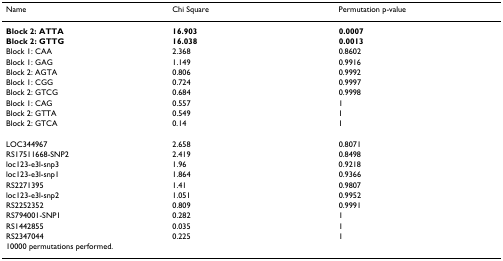
<table><thead><tr><td><b>Name</b></td><td><b>Chi Square</b></td><td><b>Permutation p-value</b></td></tr></thead><tbody><tr><td><b>Block 2: ATTA</b></td><td><b>16.903</b></td><td><b>0.0007</b></td></tr><tr><td><b>Block 2: GTTG</b></td><td><b>16.038</b></td><td><b>0.0013</b></td></tr><tr><td>Block 1: CAA</td><td>2.368</td><td>0.8602</td></tr><tr><td>Block 1: GAG</td><td>1.149</td><td>0.9916</td></tr><tr><td>Block 2: AGTA</td><td>0.806</td><td>0.9992</td></tr><tr><td>Block 1: CGG</td><td>0.724</td><td>0.9997</td></tr><tr><td>Block 2: GTCG</td><td>0.684</td><td>0.9998</td></tr><tr><td>Block 1: CAG</td><td>0.557</td><td>1</td></tr><tr><td>Block 2: GTTA</td><td>0.549</td><td>1</td></tr><tr><td>Block 2: GTCA</td><td>0.14</td><td>1</td></tr><tr><td>LOC344967</td><td>2.658</td><td>0.8071</td></tr><tr><td>RS17511668-SNP2</td><td>2.419</td><td>0.8498</td></tr><tr><td>loc123-e3l-snp3</td><td>1.96</td><td>0.9218</td></tr><tr><td>loc123-e3l-snp1</td><td>1.864</td><td>0.9366</td></tr><tr><td>RS2271395</td><td>1.41</td><td>0.9807</td></tr><tr><td>loc123-e3l-snp2</td><td>1.051</td><td>0.9952</td></tr><tr><td>RS2252352</td><td>0.809</td><td>0.9991</td></tr><tr><td>RS794001-SNP1</td><td>0.282</td><td>1</td></tr><tr><td>RS1442855</td><td>0.035</td><td>1</td></tr><tr><td>RS2347044</td><td>0.225</td><td>1</td></tr><tr><td colspan="3">10000 permutations performed.</td></tr></tbody></table>